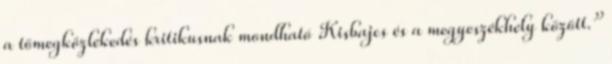
a tömegközlekedés kritikusnak mondható Kisbajcs és a megyeszékhely között.”